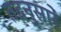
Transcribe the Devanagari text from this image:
तदनुसारें